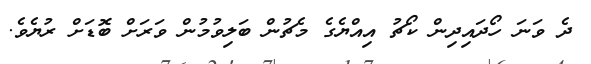
ދެ ވަނަ ހޯދައިދިން ކޯޗު އިއްޔެގެ މެޗުން ބަލިވުމުން ވަރަށް ބޮޑަށް ރުޔެވެ.